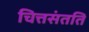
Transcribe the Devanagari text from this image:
चित्तसंतति